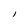
Character: i